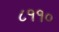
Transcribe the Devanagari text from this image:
८११०